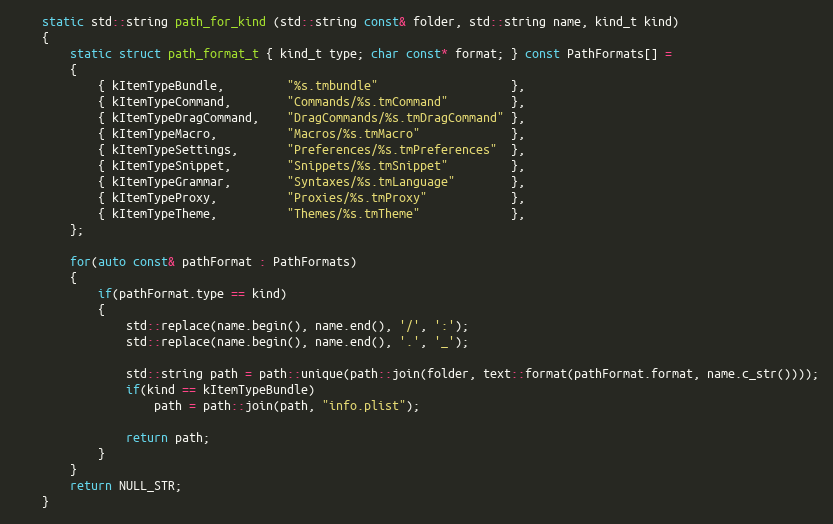
Language: C++
	static std::string path_for_kind (std::string const& folder, std::string name, kind_t kind)
	{
		static struct path_format_t { kind_t type; char const* format; } const PathFormats[] =
		{
			{ kItemTypeBundle,         "%s.tmbundle"                   },
			{ kItemTypeCommand,        "Commands/%s.tmCommand"         },
			{ kItemTypeDragCommand,    "DragCommands/%s.tmDragCommand" },
			{ kItemTypeMacro,          "Macros/%s.tmMacro"             },
			{ kItemTypeSettings,       "Preferences/%s.tmPreferences"  },
			{ kItemTypeSnippet,        "Snippets/%s.tmSnippet"         },
			{ kItemTypeGrammar,        "Syntaxes/%s.tmLanguage"        },
			{ kItemTypeProxy,          "Proxies/%s.tmProxy"            },
			{ kItemTypeTheme,          "Themes/%s.tmTheme"             },
		};

		for(auto const& pathFormat : PathFormats)
		{
			if(pathFormat.type == kind)
			{
				std::replace(name.begin(), name.end(), '/', ':');
				std::replace(name.begin(), name.end(), '.', '_');

				std::string path = path::unique(path::join(folder, text::format(pathFormat.format, name.c_str())));
				if(kind == kItemTypeBundle)
					path = path::join(path, "info.plist");

				return path;
			}
		}
		return NULL_STR;
	}